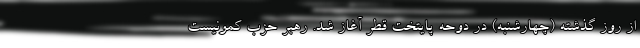
از روز گذشته (چهارشنبه) در دوحه پایتخت قطر آغاز شد. رهبر حزب کمونیست